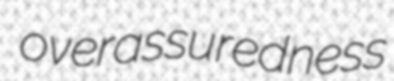
overassuredness